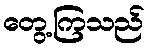
တွေ့ကြသည်